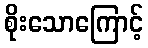
စိုးသောကြောင့်